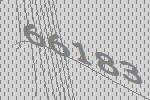
66183